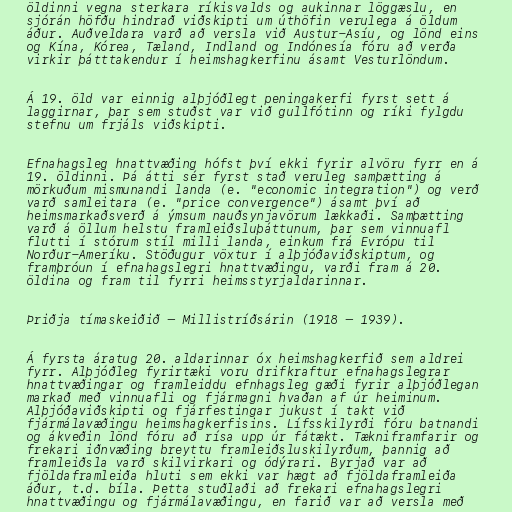
öldinni vegna sterkara ríkisvalds og aukinnar löggæslu, en
sjórán höfðu hindrað viðskipti um úthöfin verulega á öldum
áður. Auðveldara varð að versla við Austur-Asíu, og lönd eins
og Kína, Kórea, Tæland, Indland og Indónesía fóru að verða
virkir þátttakendur í heimshagkerfinu ásamt Vesturlöndum.

Á 19. öld var einnig alþjóðlegt peningakerfi fyrst sett á
laggirnar, þar sem stuðst var við gullfótinn og ríki fylgdu
stefnu um frjáls viðskipti.

Efnahagsleg hnattvæðing hófst því ekki fyrir alvöru fyrr en á
19. öldinni. Þá átti sér fyrst stað veruleg samþætting á
mörkuðum mismunandi landa (e. "economic integration") og verð
varð samleitara (e. "price convergence") ásamt því að
heimsmarkaðsverð á ýmsum nauðsynjavörum lækkaði. Samþætting
varð á öllum helstu framleiðsluþáttunum, þar sem vinnuafl
flutti í stórum stíl milli landa, einkum frá Evrópu til
Norður-Ameríku. Stöðugur vöxtur í alþjóðaviðskiptum, og
framþróun í efnahagslegri hnattvæðingu, varði fram á 20.
öldina og fram til fyrri heimsstyrjaldarinnar.

Þriðja tímaskeiðið – Millistríðsárin (1918 – 1939).

Á fyrsta áratug 20. aldarinnar óx heimshagkerfið sem aldrei
fyrr. Alþjóðleg fyrirtæki voru drifkraftur efnahagslegrar
hnattvæðingar og framleiddu efnhagsleg gæði fyrir alþjóðlegan
markað með vinnuafli og fjármagni hvaðan af úr heiminum.
Alþjóðaviðskipti og fjárfestingar jukust í takt við
fjármálavæðingu heimshagkerfisins. Lífsskilyrði fóru batnandi
og ákveðin lönd fóru að rísa upp úr fátækt. Tækniframfarir og
frekari iðnvæðing breyttu framleiðsluskilyrðum, þannig að
framleiðsla varð skilvirkari og ódýrari. Byrjað var að
fjöldaframleiða hluti sem ekki var hægt að fjöldaframleiða
áður, t.d. bíla. Þetta stuðlaði að frekari efnahagslegri
hnattvæðingu og fjármálavæðingu, en farið var að versla með